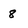
Character: 8